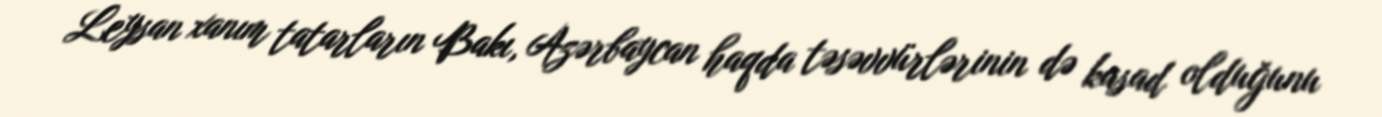
Leysan xanım tatarların Bakı, Azərbaycan haqda təsəvvürlərinin də kasad olduğunu